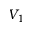
V _ { 1 }